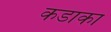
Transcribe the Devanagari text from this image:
कडाका